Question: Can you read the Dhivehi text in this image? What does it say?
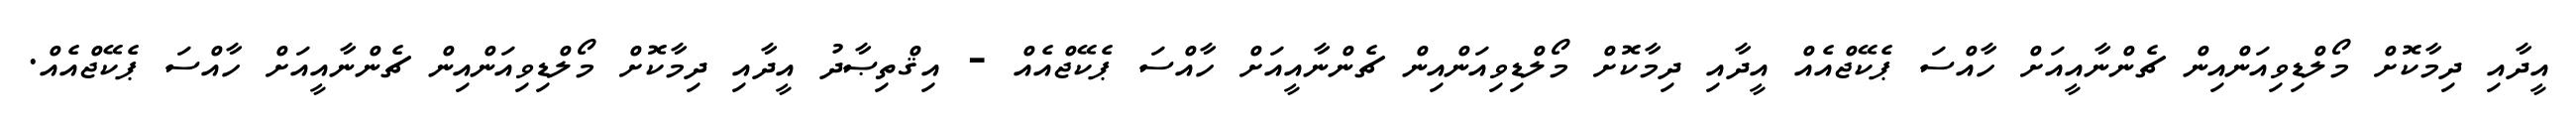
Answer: އީދާއި ދިމާކޮށް މޯލްޑިވިއަންއިން ޗެންނާއީއަށް ހާއްސަ ޕެކޭޖްއެއް އީދާއި ދިމާކޮށް މޯލްޑިވިއަންއިން ޗެންނާއީއަށް ހާއްސަ ޕެކޭޖްއެއް - އިޤްތިޞާދު އީދާއި ދިމާކޮށް މޯލްޑިވިއަންއިން ޗެންނާއީއަށް ހާއްސަ ޕެކޭޖްއެއް.